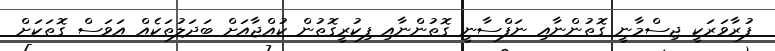
ފުރާވަރަކީ ޖިސްމާނީ ގޮތުންނާއި ނަފްސާނީ ގޮތުންނާއި ފިކުރީގޮތުން ކުއްޖާއަށް ބަދަލުތަކެއް އަވަސް ގޮތަކަށް